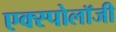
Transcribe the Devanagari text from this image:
एक्स्पोलॉजी